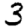
Digit: 3